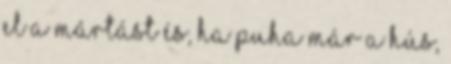
el a mártást és, ha puha már a hús,